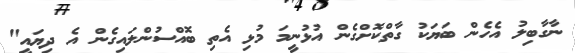
ނާގާބިލު އެހެން ބަޔަކު ގާތްކޮށްގެން އުޅުނީމަ މުޅި އެތި ބޮއްސުންލައިގެން އެ ދިޔައީ"